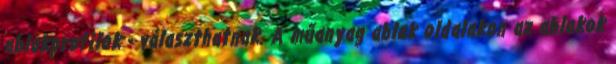
ablakprofilok - választhatnak. A műanyag ablak oldalakon az ablakok